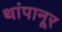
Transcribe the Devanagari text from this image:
थांपानूर